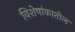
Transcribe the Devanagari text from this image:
विशेषांकातील